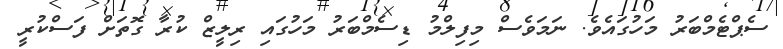
ސެޕްޓެމްބަރު މަހުގައެވެ. ނަމަވެސް މިފިލްމު ޑިސެމްބަރު މަހުގައި ރިލީޒް ކުރާ ގޮތަށް ފަސްކުރީ